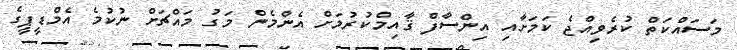
މަސައްކަތް ކުރެވިއްޖެ ކަމަށާއި އިންސާފް ޤާއިމްކުރުމަށް އެންމެން މަގު މައްޗަށް ނުކުމެ އެމްޑީޕީގެ